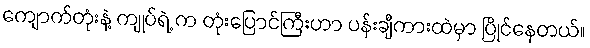
ကျောက်တုံးနဲ့ ကျုပ်ရဲ့ က တုံးပြောင်ကြီးဟာ ပန်းချီကားထဲမှာ ပြိုင်နေတယ်။